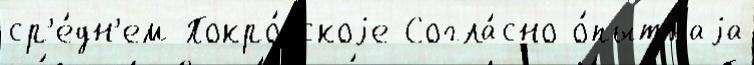
ср'е́дн'ем Покро́вскоjе Согла́сно о́пытнаjа